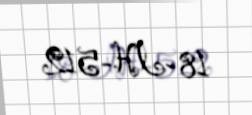
18-IH-512